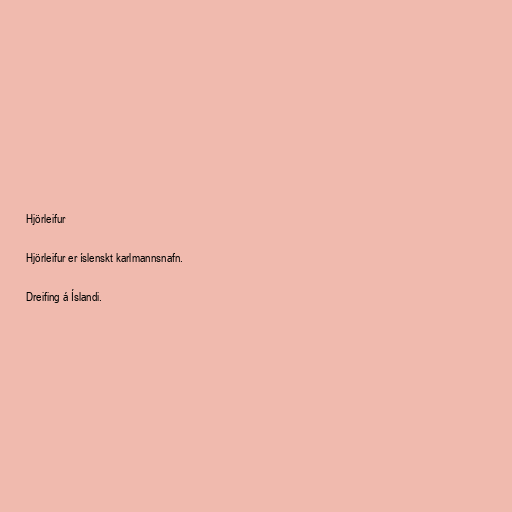
Hjörleifur

Hjörleifur er íslenskt karlmannsnafn.

Dreifing á Íslandi.